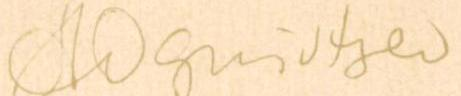
A Ognivtsev